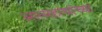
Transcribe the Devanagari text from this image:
आत्महत्यांच्या